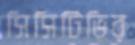
সিসিটিভির